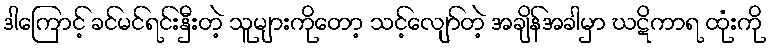
ဒါကြောင့် ခင်မင်ရင်းနှီးတဲ့ သူများကိုတော့ သင့်လျော်တဲ့ အချိန်အခါမှာ ဃဋိကာရ ထုံးကို